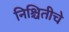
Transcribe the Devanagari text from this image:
निश्चितीचे